Civil Veterinary Department. Central Provinces & Berar 1925-31 - 1925-1931
Year: 1925
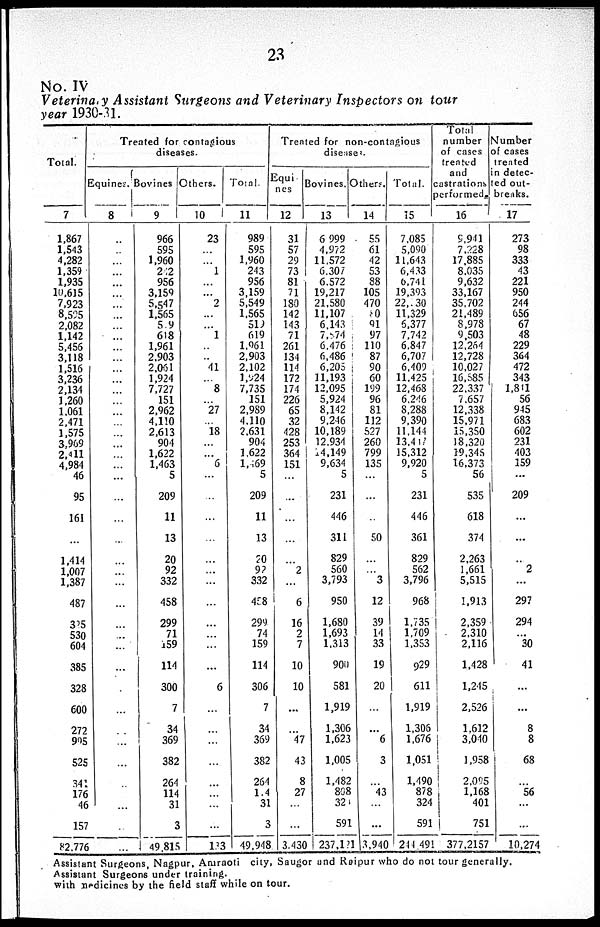
23
No. IV
Veterinary Assistant Surgeons and Veterinary Inspectors on tour
year 1930-31.
Total.
7
1,867
1,543
4,282
1,359
1,935
10,615
7,923
8,525
2,082
1,142
5,456
3,118
1,516
3,236
2,134
1,260
1,061
2,471
1,575
3.969
2,411
4,984
46
95
161
...
1,414
1,007
1,387
487
385
530
604
385
328
600
272
995
525
341
176
46
157
82,776
Treated for contagious
diseases.
Equines.
8
...
...
...
...
...
...
...
...
...
...
...
...
...
...
...
...
...
...
...
...
...
...
...
...
...
...
...
...
...
...
...
...
...
...
...
...
...
...
...
...
...
...
...
...
Bovines
9
966
595
1,960
242
956
3,159
5,547
1,565
5.9
618
1,961
2.903
2,061
1,924
7,727
151
2,962
4,110
2,613
904
1,622
1,463
5
209
11
13
20
92
332
458
299
71
159
114
300
7
34
369
382
264
114
31
3
49,815
Others.
10
23
...
...
1
...
...
2
...
...
1
...
...
41
...
8
...
27
...
18
...
...
6
...
...
...
...
...
...
...
...
...
...
...
...
6
...
...
...
...
...
...
...
...
133
Total
11
989
595
1,960
243
956
3,159
5,549
1,565
519
619
1,061
2,903
2,102
1,924
7,735
151
2,989
4.110
2,631
904
1.622
1,469
5
209
11
13
20
92
332
458
299
74
159
114
306
7
34
369
382
264
1.4
31
3
49,948
Treated for non-contagious
diseases.
Equi
nes
12
31
57
29
73
81
71
180
142
143
71
261
134
114
172
174
226
65
32
428
253
364
151
...
...
...
...
...
2
...
6
16
2
7
10
10
...
...
47
43
8
27
...
...
3.430
Bovines.
13
6 999
4,972
11.572
6,307
6.572
19,217
21,580
11,107
6,143
7,574
6.476
6,486
6,205
11,193
12,095
5,924
8,142
9,246
10,189
12.934
14,149
9,634
5
231
446
311
829
560
3,793
950
1,680
1,693
1.313
900
581
1,919
1,306
1,623
1,005
1,482
808
324
591
237,121
Others.
14
55
61
42
53
88
105
470
80
91
97
110
87
90
60
199
96
81
112
527
260
799
135
...
...
...
50
... ...
3
12
39
14
33
19
20
...
...
6
3
...
43
...
...
3,940
Total.
15
7.085
5,090
11,643
6,433
6.741
19,393
22,.30
11,329
6,377
7,742
6,847
6,707
6,409
11.425
12,468
6,246
8.288
9.390
11,144
13,417
15,312
9,920
5
231
446
361
829
562
3,796
968
1.735
1,709
1,353
929
611
1,919
1,306
1,676
1,051
1,490
878
324
591
244,491
Total
number
of cases
treated
and
castrations
performed.
16
9,941
7,228
17.885
8.035
9,632
33,167
35,702
21,489
8,978
9,503
12,264
12,728
10,027
16,585
22.337
7.657
12,338
15,971
15,350
18,320
19,345
16,373
56
535
618
374
2,263
1,661
5,515
1.913
2,359
2,310
2,116
1,428
1,245
2,526
1,612
3,040
1,958
2,095
1,168
401
751
377,2157
Number
of cases
treated
in detec-
ted out-
breaks.
17
273
98
333
43
221
950
244
656
67
48
229
364
472
343
1,811
56
945
683
602
231
403
159
...
209
...
...
...
2
...
297
294
...
30
41
...
...
8
8
68
...
56
...
...
10,274
Assistant Surgeons, Nagpur. Amraoti city, Saugor and Raipur who do not tour generally.
Assistant Surgeon6 under training.
with medicines by the field stuff while on tour.